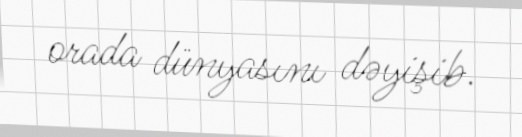
orada dünyasını dəyişib.